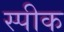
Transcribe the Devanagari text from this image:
स्‍पीक